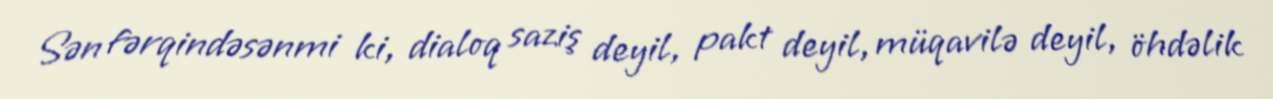
Sən fərqindəsənmi ki, dialoq saziş deyil, pakt deyil, müqavilə deyil, öhdəlik